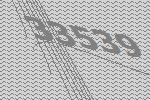
33539